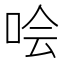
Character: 哙